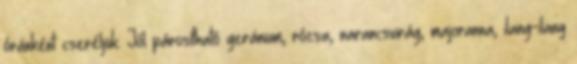
óránként cseréljük. Jól párosítható geránium, rózsa, narancsvirág, majoranna, ilang-ilang